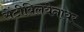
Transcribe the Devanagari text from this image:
सेंटीबिलयेनायर